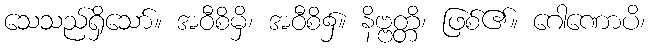
သေသည်ရှိသော်။ အဝီစိမှိ၊ အဝီစိ၌။ နိဗ္ဗတ္တိ၊ ဖြစ်၏။ ဂေါဏောပိ၊